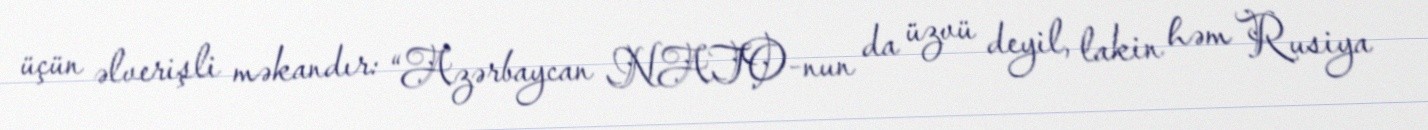
üçün əlverişli məkandır: “Azərbaycan NATO-nun da üzvü deyil, lakin həm Rusiya